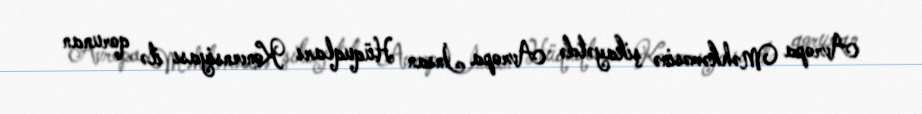
Avropa Məhkəməsinə şikayətdə Avropa İnsan Hüquqları Konvensiyası ilə qorunan